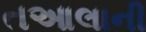
તઆલાની